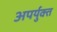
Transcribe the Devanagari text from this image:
अपर्युक्त